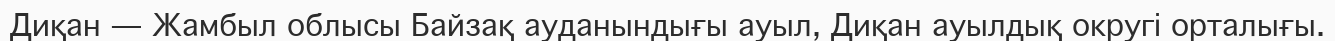
Диқан — Жамбыл облысы Байзақ ауданындығы ауыл, Диқан ауылдық округі орталығы.